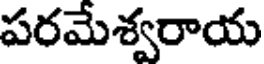
పరమేశ్వరాయ